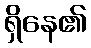
ရှိနေ၏